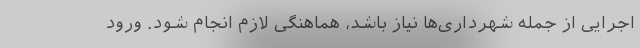
اجرایی از جمله شهرداری‌ها نیاز ‌باشد، هماهنگی لازم انجام شود. ورود